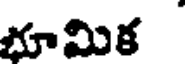
భూమిక